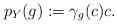
LaTeX: \begin{align*}p_Y(g) :=\gamma_g(c)c. \end{align*}